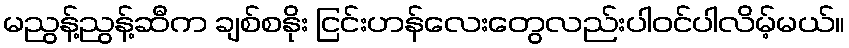
မညွန့်ညွန့်ဆီက ချစ်စနိုး ငြင်းဟန်လေးတွေလည်းပါဝင်ပါလိမ့်မယ်။